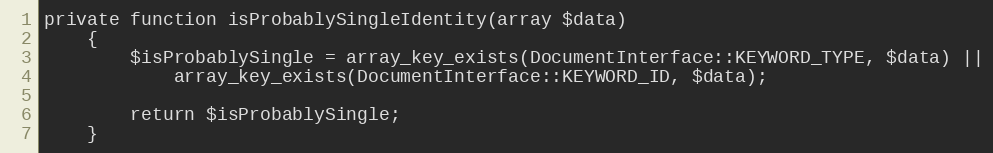
Language: PHP
private function isProbablySingleIdentity(array $data)
    {
        $isProbablySingle = array_key_exists(DocumentInterface::KEYWORD_TYPE, $data) ||
            array_key_exists(DocumentInterface::KEYWORD_ID, $data);

        return $isProbablySingle;
    }